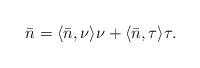
LaTeX: \begin{align*}\bar{n} = \langle \bar{n}, \nu \rangle \nu + \langle \bar{n} ,\tau \rangle \tau.\end{align*}